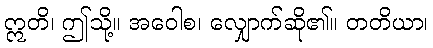
ဣတိ၊ ဤသို့။ အဝေါစ၊ လျှောက်ဆို၏။ တတိယာ၊